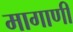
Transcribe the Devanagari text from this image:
मागाणी